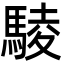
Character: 䮚